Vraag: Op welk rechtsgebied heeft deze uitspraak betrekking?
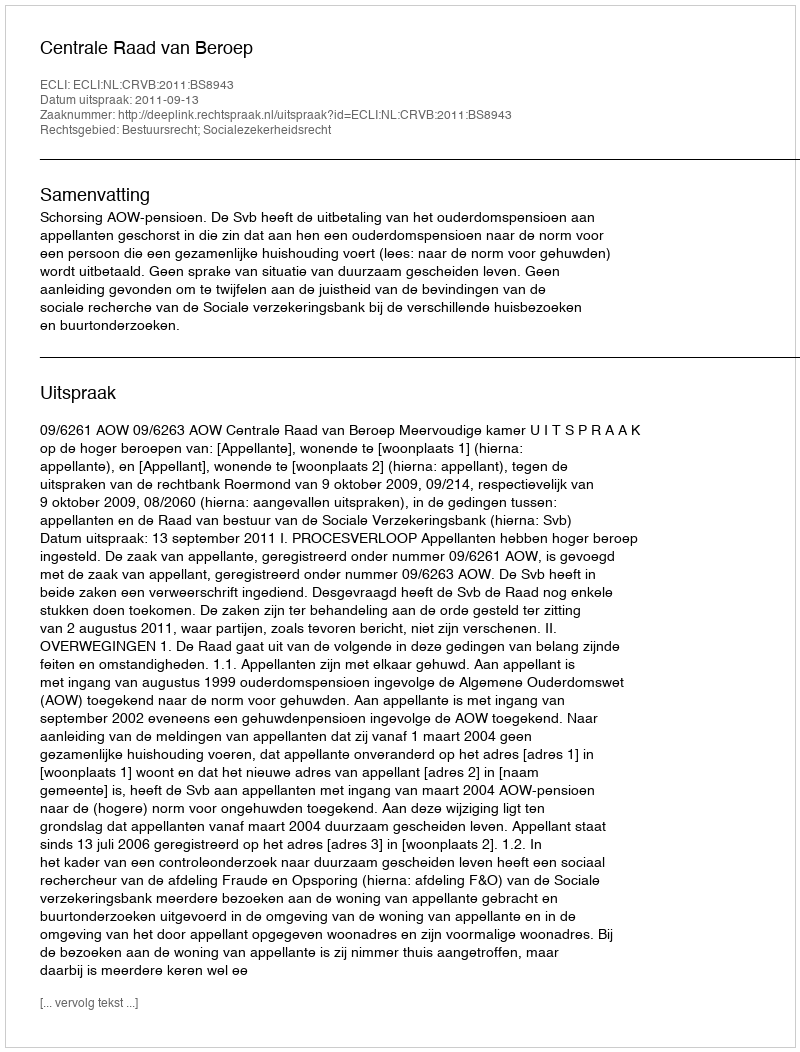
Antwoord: Bestuursrecht; Socialezekerheidsrecht